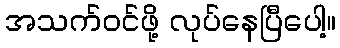
အသက်ဝင်ဖို့ လုပ်နေပြီပေါ့။